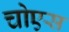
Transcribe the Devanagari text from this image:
चोएस